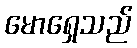
မောရှေသည်